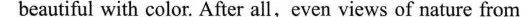
beautiful with color. After all,even views of nature from